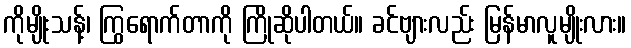
ကိုမျိုးသန့်၊ ကြွရောက်တာကို ကြိုဆိုပါတယ်။ ခင်ဗျားလည်း မြန်မာလူမျိုးလား။